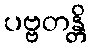
ပဗ္ဗတန္တိ